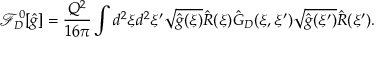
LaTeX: { \mathcal { F } _ { D } ^ { 0 } } [ \hat { g } ] = { \frac { Q ^ { 2 } } { 1 6 \pi } } \int { d ^ { 2 } } \xi { d ^ { 2 } } \xi ^ { \prime } \sqrt { \hat { g } ( \xi ) } \hat { R } ( \xi ) { \hat { G } _ { D } } ( \xi , \xi ^ { \prime } ) \sqrt { \hat { g } ( \xi ^ { \prime } ) } \hat { R } ( \xi ^ { \prime } ) .